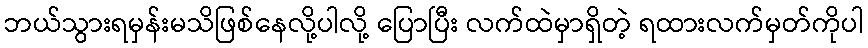
ဘယ်သွားရမှန်းမသိဖြစ်နေလို့ပါလို့ ပြောပြီး လက်ထဲမှာရှိတဲ့ ရထားလက်မှတ်ကိုပါ